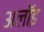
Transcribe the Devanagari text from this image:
अलॉइ